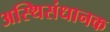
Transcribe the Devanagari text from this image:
अस्थिसंधानक